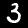
Digit: 3